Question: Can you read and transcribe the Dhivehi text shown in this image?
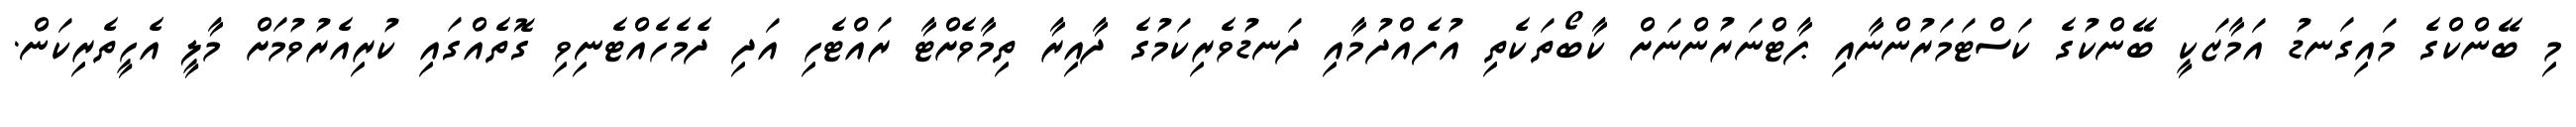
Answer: މި ބޭންކްގެ މައިގަނޑު އަމާޒަކީ ބޭންކުގެ ކަސްޓަމަރުންނާއި ޕާޓްނަރުންނަށް ކާބޯތަކެތި އުފެއްދުމާއި ދަނޑުވެރިކަމުގެ ދާއިރާ ތިމާވެށްޓާ ރައްޓެހި އަދި ދެމެހެއްޓެނިވި ގޮތެއްގައި ކުރިއެރުވުމަށް މާލީ އެހީތެރިކަން.